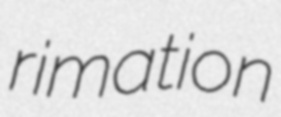
rimation